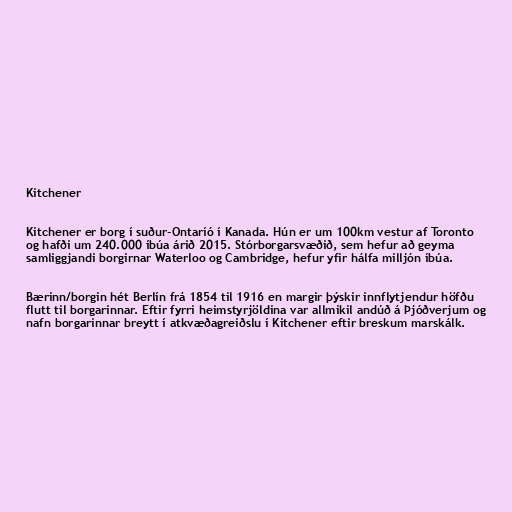
Kitchener

Kitchener er borg í suður-Ontaríó í Kanada. Hún er um 100km vestur af Toronto
og hafði um 240.000 íbúa árið 2015. Stórborgarsvæðið, sem hefur að geyma
samliggjandi borgirnar Waterloo og Cambridge, hefur yfir hálfa milljón íbúa.

Bærinn/borgin hét Berlín frá 1854 til 1916 en margir þýskir innflytjendur höfðu
flutt til borgarinnar. Eftir fyrri heimstyrjöldina var allmikil andúð á Þjóðverjum og
nafn borgarinnar breytt í atkvæðagreiðslu í Kitchener eftir breskum marskálk.